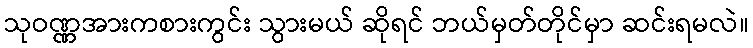
သုဝဏ္ဏအားကစားကွင်း သွားမယ် ဆိုရင် ဘယ်မှတ်တိုင်မှာ ဆင်းရမလဲ။